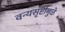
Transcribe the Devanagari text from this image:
वन्यसृष्टीमुळे